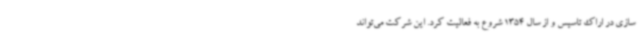
سازی در اراک تاسیس و از سال 1354 شروع به فعالیت کرد. این شرکت می‌تواند